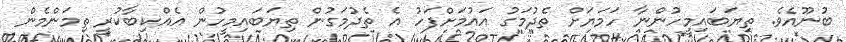
ބުނޫއެވެ. ތިޔަބައިމީހުންނާ ހަމަޔަށް ތެދުމަގު އައުމަށްފަހު އެ ތެދުމަގުން ތިޔަބައިމީހުން އެއްކިބާކުރީ ތިމަންމެން